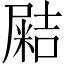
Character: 𡳛